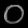
Digit: ၀